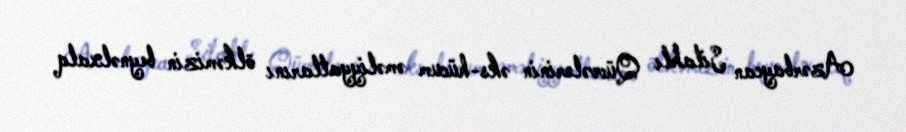
Azərbaycan Silahlı Qüvvələrinin əks-hücum əməliyyatlarını ölkəmizin beynəlxalq